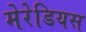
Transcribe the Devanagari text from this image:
मेरेडियस